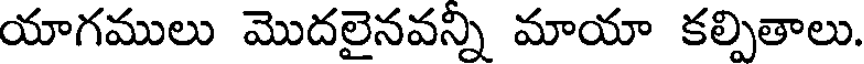
యాగములు మొదలైనవన్ని మాయా కల్పితాలు.